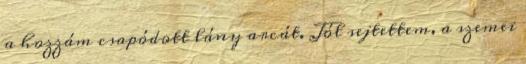
a hozzám csapódott lány arcát. Jól sejtettem, a szemei